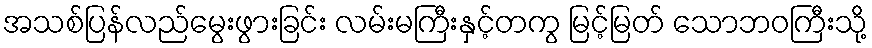
အသစ်ပြန်လည်မွေးဖွားခြင်း လမ်းမကြီးနှင့်တကွ မြင့်မြတ် သောဘဝကြီးသို့